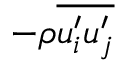
- \rho \overline { { u _ { i } ^ { \prime } u _ { j } ^ { \prime } } }